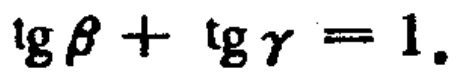
\(\operatorname{tg} \beta+\operatorname{tg} \gamma=1.\)